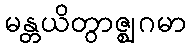
မန္တယိတွာဇ္ဈဂမာ